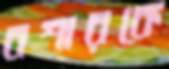
বশারকে